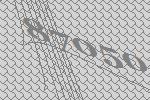
87050